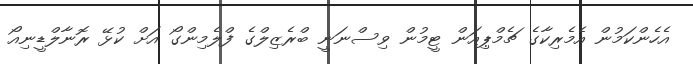
އެހެންކަމުން އެމެރިކާގެ ޗެމްޕިއަން ޓީމުން ވިސްނަނީ ބްރެޒިލްގެ ފްލެމިންގޯ އަށް ކުޅޭ ރޮނާލްޑީނިއޯ